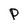
Character: P